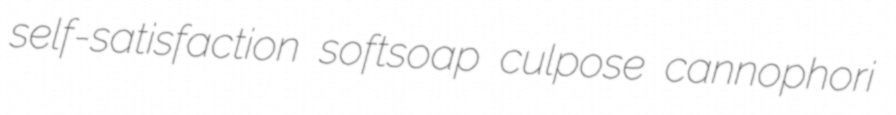
self-satisfaction softsoap culpose cannophori